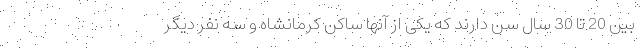
بین 20 تا 30 سال سن دارند که یکی از آنها ساکن کرمانشاه و سه نفر دیگر